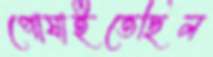
পোষাইতেছিল